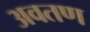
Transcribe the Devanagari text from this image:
अवतण